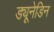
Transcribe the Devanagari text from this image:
ड्यूनेडिन